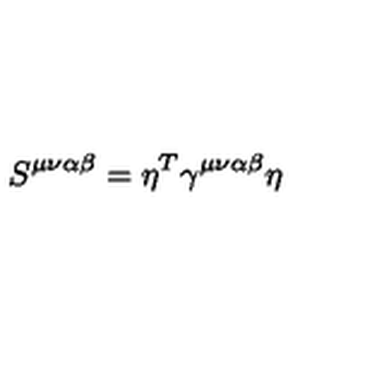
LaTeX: S ^ { \mu \nu \alpha \beta } = \eta ^ { T } \gamma ^ { \mu \nu \alpha \beta } \eta